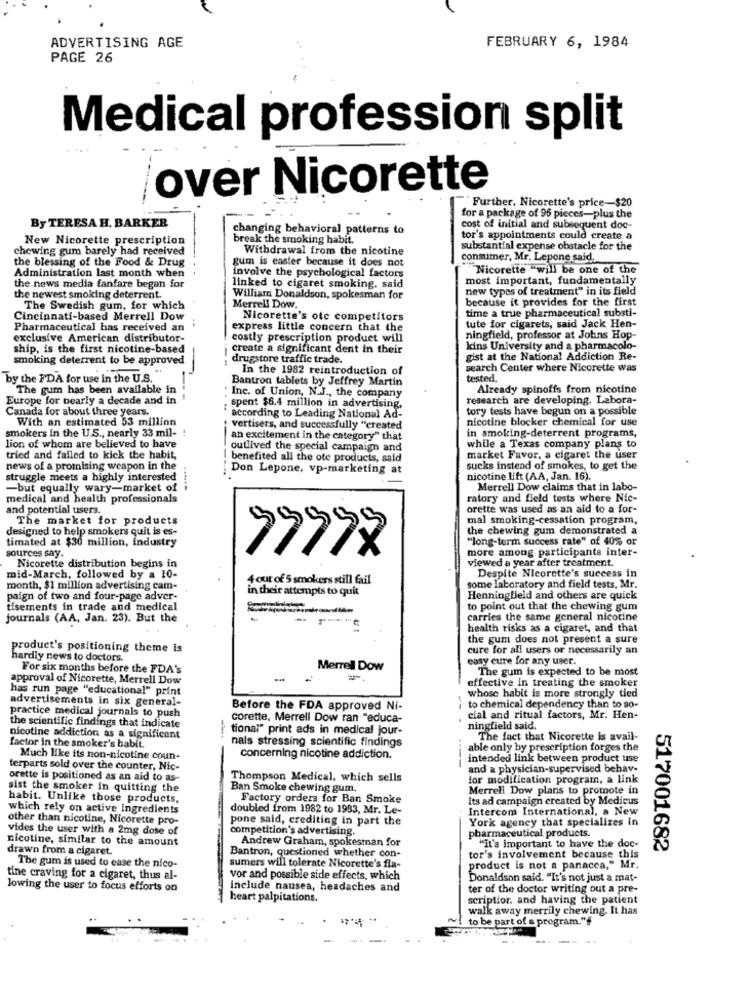
ADVERTISING AGE
FEBRUARY 6, 1984
PAGE 26
Medical profession split
over Nicorette
Further. Nicorette's price-$20
for a package of 96 pieces-plus the
By TERESA H. BARKER
changing behavioral patterns to
cost of initial and subsequent doc-
New Nicorette prescription
break the smoking habit.
tor's appointments could create a
chewing gum barely had received
Withdrawal from the nicotine
substantial expense obstacle for the
the blessing of the Food & Drug
gum is easter because it does not
consumer, Mr. Lepone said
Administration last month when
involve the psychological factors
Nicorette "will be one of the
most important, fundamentally
the news media fanfare began for
linked to cigaret smoking, said
new types of treatment" in its field
the newest smoking deterrent.
William Donaldson, spokesman for
because it provides for the first
The Swedish gum, for which
Merrell Dow.
time a true pharmaceutical substi-
Cincinnati-based Merrell Dow
Nicorette's otc competitors
Pharmaceutical has received an
express little concern that the
tute for cigarets, said Jack Hen-
exclusive American distributor-
costly prescription product will
ningfield, professor at Johns Hop-
ship, is the first nicotine-based
create a significant dent in their
kins University and a pharmacolo-
smoking deterrent to be approved
--
drugstore traffic trade.
gist at the National Addiction Re-
In the 1982 reintroduction of
search Center where Nicorette was
by the FDA for use In the U.S.
Bantron tablets by Jeffrey Martin
tested.
The gum has been available in
Already spinoffs from nicotine
Europe for nearly a decade and in
Inc. of Union, N.J ., the company
research are developing. Labora-
Canada for about three years.
spent $6.4 million in advertising,
tory tests have begun on a possible
With an estimated 53 million
according to Leading National Ad-
nicotine blocker chemical for use
smokers in the U.S ., nearly 33 mil-
vertisers, and successfully "created
an excitement in the category" that
in smoking-deterrent programs,
lion of whom are believed to have
outlived the special campaign and
while a Texas company plans to
tried and failed to kick the habit,
benefited all the ote products, said
market Favor, a cigaret the user
news of a promising weapon in the
Don Lepone, vp-marketing at
sucks instead of smokes, to get the
struggle meets a highly interested
nicotine lift (AA, Jan. 16).
-but equally wary-market of
Merrell Dow claims that in labo-
medical and health professionals
ratory and field tests where Nic-
and potential users.
orette was used as an aid to a for-
The market for products
mal smoking-cessation program,
designed to help smokers quit is es-
the chewing gum demonstrated a
timated at $30 million, industry
"long-term success rate" of 40% or
more among participants inter-
sources say.
Nicorette distribution begins in
77777
viewed a year after treatment.
mid-March, followed by a 10-
4 out of 5 smokers still fail
Despite Nicorette's success in
month, $1 million advertising cam-
in their attempts to quit
some laboratory and field tests, Mr.
paign of two and four-page adver-
Henningfield and others are quick
tisements in trade and medical
to point out that the chewing gum
journals (AA, Jan. 23). But the
carries the same general nicotine
health risks as a cigaret, and that
the gum does not present a sure
product's positioning theme is
cure for all users or necessarily an
hardly news to doctors.
easy cure for any user.
For six months before the FDA's
Merrell Dow
The gum is expected to be most
approval of Nicorette, Merrell Dow
..
effective in treating the smoker
has run page "educational" print
advertisements in six general-
whose habit is more strongly tied
practice medical journals to push
Before the FDA approved Ni-
to chemical dependency than to so-
the scientific findings that indicate
corette, Merrell Dow ran "educa-
cial and ritual factors, Mr. Hen-
tional" print ads in medical jour-
ningfield said.
nicotine addiction as a significant
nals stressing scientific findings
The fact that Nicorette is avail-
factor in the smoker's habit.
able only by prescription forges the
Much like its non-nicotine coun-
concerning nicotine addiction.
intended link between product use
terparts sold over the counter, Nic-
----
and a physician-supervised behav-
orette is positioned as an aid to as-
Thompson Medical, which sells
for modification program, a link
sist the smoker in quitting the
Ban Smoke chewing gum,
Merrell Dow plans to promote in
habit. Unlike those products,
Factory orders for Ban Smoke
Its ad campaign created by Medicus
which rely on active ingredients
doubled from 1982 to 1983, Mr. Le-
Intercom International, a New
other than nicotine, Nicorette pro-
pone said, crediting in part the
York agency that specializes in
vides the user with a 2mg dose of
competition's advertising.
pharmaceutical products.
nicotine, similar to the amount
Andrew Graham, spokesman for
drawn from a cigaret.
Bantron, questioned whether con-
"It's important to have the doc-
517001682
The gum is used to ease the nico-
sumers will tolerate Nicorette's fla-
tor's involvement because this
product is not a panacea," Mr.
tine craving for a cigaret, thus al-
vor and possible side effects, which
Donaldson said. "It's not just a mat-
lowing the user to focus efforts on
include nausea, headaches and
ter of the doctor writing out a pre-
heart palpitations.
scriptior, and having the patient
walk away merrily chewing. It has
to be part of a program."#